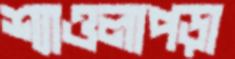
শ্যাওলাপড়া